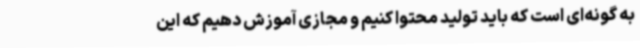
به گونه‌ای است که باید تولید محتوا کنیم و مجازی آموزش دهیم که این